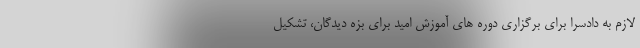
لازم به دادسرا برای برگزاری دوره های آموزش امید برای بزه دیدگان، تشکیل